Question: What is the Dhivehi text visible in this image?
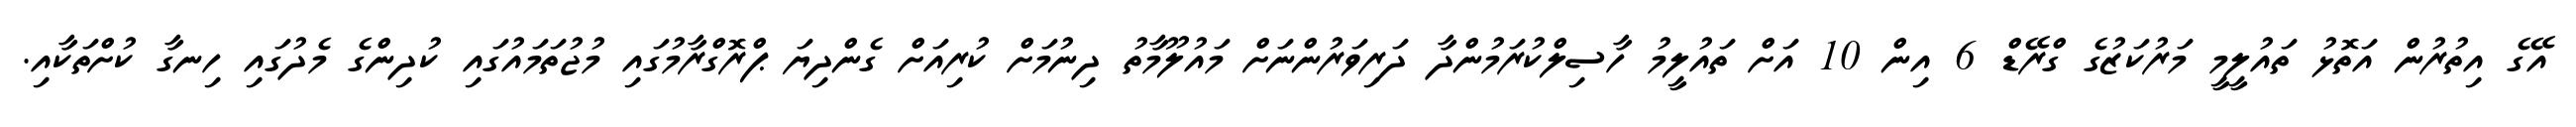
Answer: އޭގެ އިތުރުން އަތޮޅު ތައުލީމީ މަރުކަޒުގެ ގްރޭޑް 6 އިން 10 އަށް ތައުލީމު ހާސިލްކުރަމުންދާ ދަރިވަރުންނަށް މައުލޫމާތު ދިނުމަށް ކުރިއަށް ގެންދިޔަ ޕްރޮގްރާމުގައި މުޖުތަމައުގައި ކުދިންގެ މެދުގައި ހިނގާ ކުށްތަކާއި.